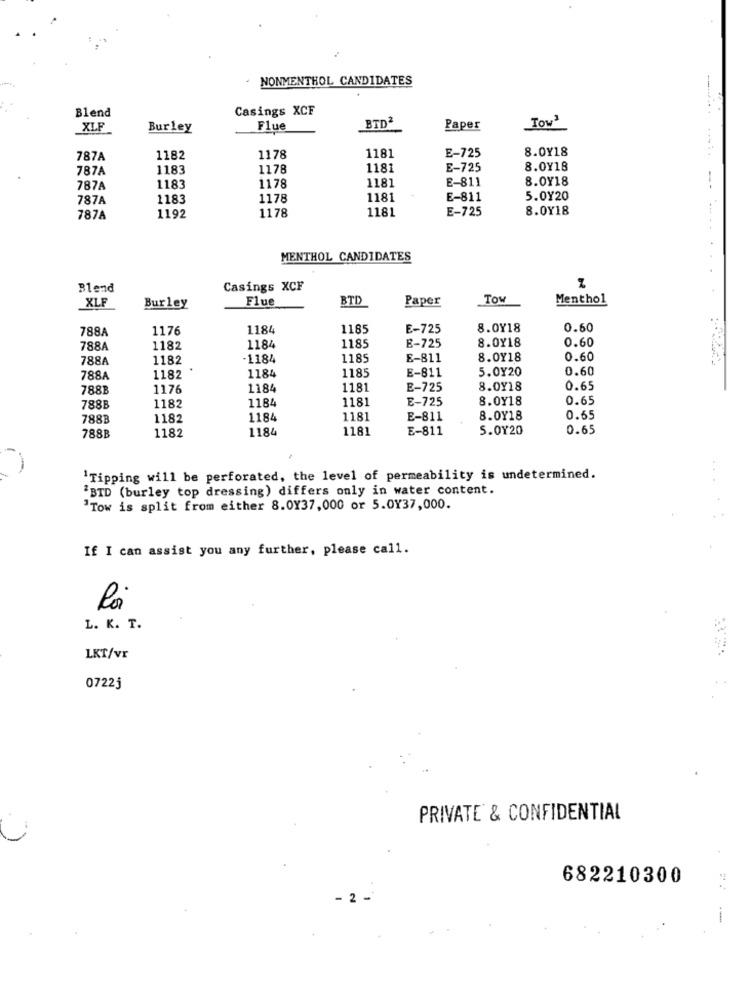
NONMENTHOL CANDIDATES
Blend
Casings XCF
BID2
Tow3
XLF
Burley
Flue
Paper
1181
8.0Y18
787A
1182
1178
E-725
787A
1183
1178
1181
E-725
8.0Y18
1178
8.0Y18
787A
1183
1181
E-811
--
787A
1183
1178
1181
E-811
5.0Y20
1178
1181
E-725
8.0Y18
787A
1192
MENTHOL CANDIDATES
Z
Blend
Casings XCF
Flue
BTD
Paper
Tow
Menthol
XLF
Burley
788A
1176
1184
1185
E-725
8.0Y18
0.60
8.0Y18
0.60
788A
1182
1184
1185
E-725
788A
1182
-1184
1185
E-811
8.0Y18
0.60
1185
E-811
5.0Y20
0.60
788A
1182
1184
788B
1176
1184
1181
E-725
8.0Y18
0.65
1182
1184
1181
E-725
8.0Y18
0.65
788B
788B
1182
1184
1181
E-811
8.0Y18
0.65
1182
118
1181
E-811
5.0120
0.65
788B
'Tipping will be perforated, the level of permeability is undetermined.
"BID (burley top dressing) differs only in water content.
"Tow is split from either 8.0Y37,000 or 5.0137,000.
If I can assist you any further, please call.
L. K. T.
LKT/vr
0722j
PRIVATE & CONFIDENTIAL
682210300
- 2 -
--